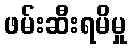
ဖမ်းဆီးရမိမှု